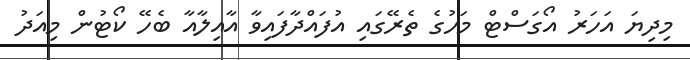
މިދިޔަ އަހަރު އޯގަސްޓް މަހުގެ ތެރޭގައި އުފައްދާފައިވާ އާއިލާއާ ބެހޭ ކޯޓުން މިއަދު